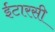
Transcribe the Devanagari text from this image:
ईटारसी